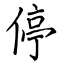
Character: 停